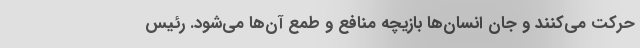
حرکت می‌کنند و جان انسان‌ها بازیچه منافع و طمع آن‌ها می‌شود. رئیس